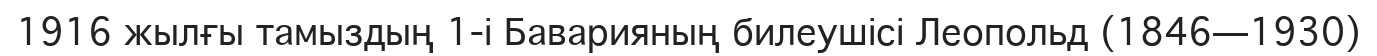
1916 жылғы тамыздың 1-і Баварияның билеушісі Леопольд (1846—1930)